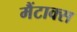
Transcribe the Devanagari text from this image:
मैंटाक्स